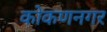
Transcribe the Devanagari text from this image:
कोकणनगर